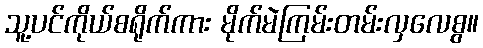
သူ့ပင်ကိုယ်စရိုက်ကား မိုက်မဲကြမ်းတမ်းလှလေစွ။